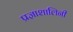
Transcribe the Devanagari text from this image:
प्रज्ञाशालिनी